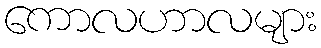
ကောလဟာလများ